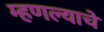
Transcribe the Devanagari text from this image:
म्हणल्याचे